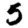
Digit: 5